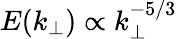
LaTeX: E(k_{\perp})\propto k_{\perp}^{-5/3}